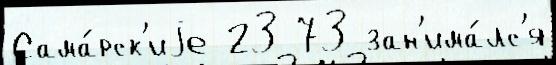
Сама́рск'иjе 23 73 зан'има́лс'я